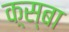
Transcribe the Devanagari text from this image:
क़्स्बा